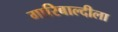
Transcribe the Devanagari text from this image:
गारिबाल्दीला